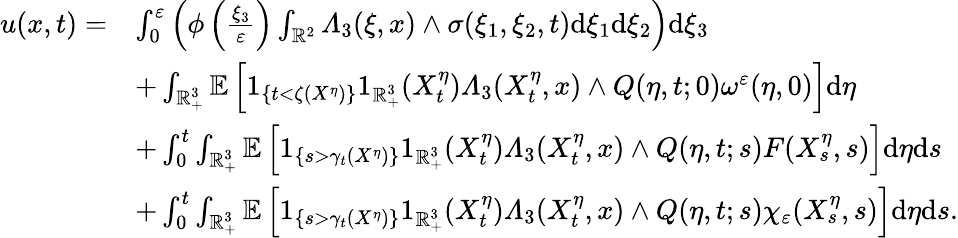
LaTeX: \begin{array}{rl}{u(x,t)=}&{\int_{0}^{\varepsilon}\left(\phi\left(\frac{\xi_{3}}{\varepsilon}\right)\int_{\mathbb{R}^{2}}\varLambda_{3}(\xi,x)\wedge\sigma(\xi_{1},\xi_{2},t)\mathrm{d}\xi_{1}\mathrm{d}\xi_{2}\right)\mathrm{d}\xi_{3}}\\ &{+\int_{\mathbb{R}_{+}^{3}}\mathbb{E}\left[1_{\{ t<\zeta(X^{\eta})\} }1_{\mathbb{R}_{+}^{3}}(X_{t}^{\eta})\varLambda_{3}(X_{t}^{\eta},x)\wedge Q(\eta,t;0)\omega^{\varepsilon}(\eta,0)\right]\mathrm{d}\eta}\\ &{+\int_{0}^{t}\int_{\mathbb{R}_{+}^{3}}\mathbb{E}\left[1_{\left\{ s>\gamma_{t}(X^{\eta})\right\} }1_{\mathbb{R}_{+}^{3}}(X_{t}^{\eta})\varLambda_{3}(X_{t}^{\eta},x)\wedge Q(\eta,t;s)F(X_{s}^{\eta},s)\right]\mathrm{d}\eta\mathrm{d}s}\\ &{+\int_{0}^{t}\int_{\mathbb{R}_{+}^{3}}\mathbb{E}\left[1_{\left\{ s>\gamma_{t}(X^{\eta})\right\} }1_{\mathbb{R}_{+}^{3}}(X_{t}^{\eta})\varLambda_{3}(X_{t}^{\eta},x)\wedge Q(\eta,t;s)\chi_{\varepsilon}(X_{s}^{\eta},s)\right]\mathrm{d}\eta\mathrm{d}s.}\end{array}